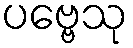
ပဗ္ဗေသု